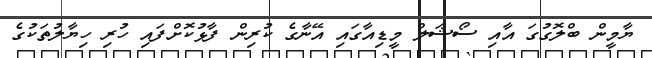
ޔާމީން ބްލޮގުގަ އާއި ސޯޝަލް މީޑިއާގައި އޭނާގެ ކުރިން ފާޅުކޮށްފައި ހުރި ހިޔާލުތަކުގެ